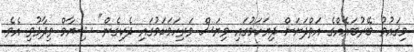
މިޤައުމު ބޭރުބައެއްގެ އަތްދަށަށް ދިޔަކަމުގައި ވިޔަސް ވަރިހަމަކަމުގައި ދެކިގެން" ޝިޔާމް ވިދާޅުވި އެވެ.